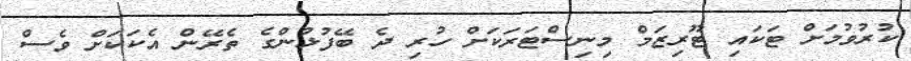
ކުރުވުމަށް ޓަކައި ޓޫރިޒަމް މިނިސްޓަރަކަށް ހުރި ދެ ބޭފުޅުންގެ ތެރޭން އެކަކަށް ވެސް